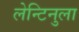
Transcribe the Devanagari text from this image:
लेन्टिनुला